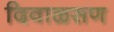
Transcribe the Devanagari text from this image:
दिवाळसण